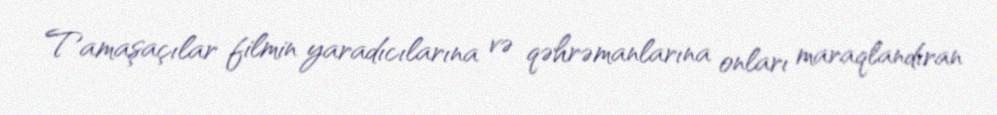
Tamaşaçılar filmin yaradıcılarına və qəhrəmanlarına onları maraqlandıran